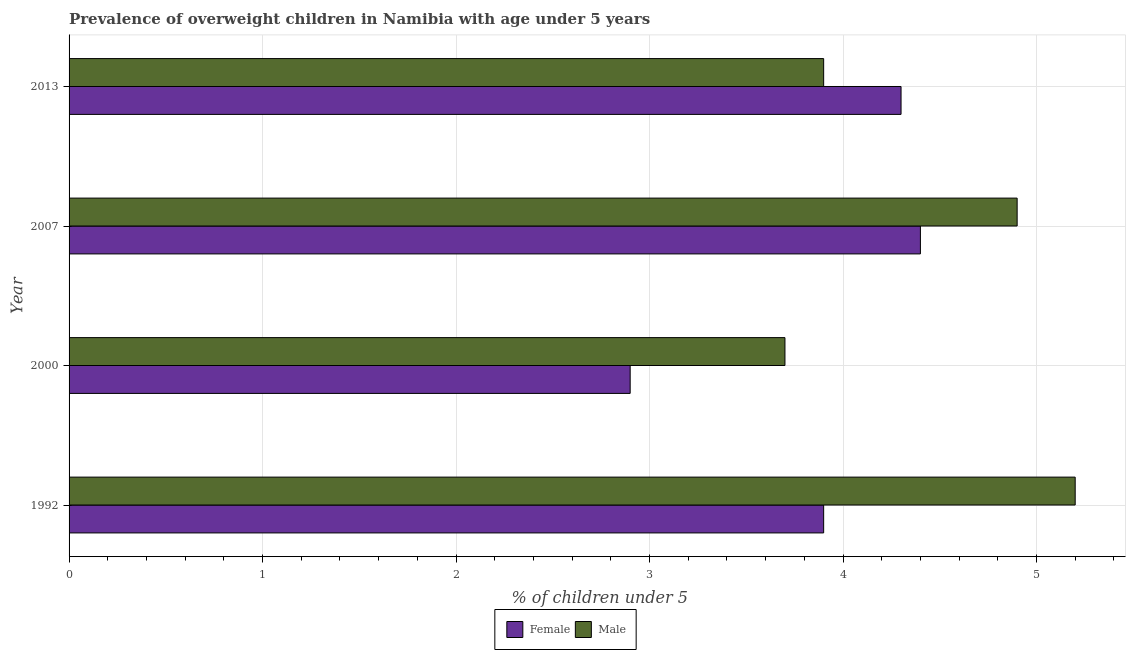
| Year | Female | Male |
 | --- | --- | --- |
 | 1992 | 3.9 | 5.2 |
 | 2000 | 2.9 | 3.7 |
 | 2007 | 4.4 | 4.9 |
 | 2013 | 4.3 | 3.9 |